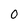
Character: 0